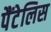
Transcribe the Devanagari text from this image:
पैंटेलिस